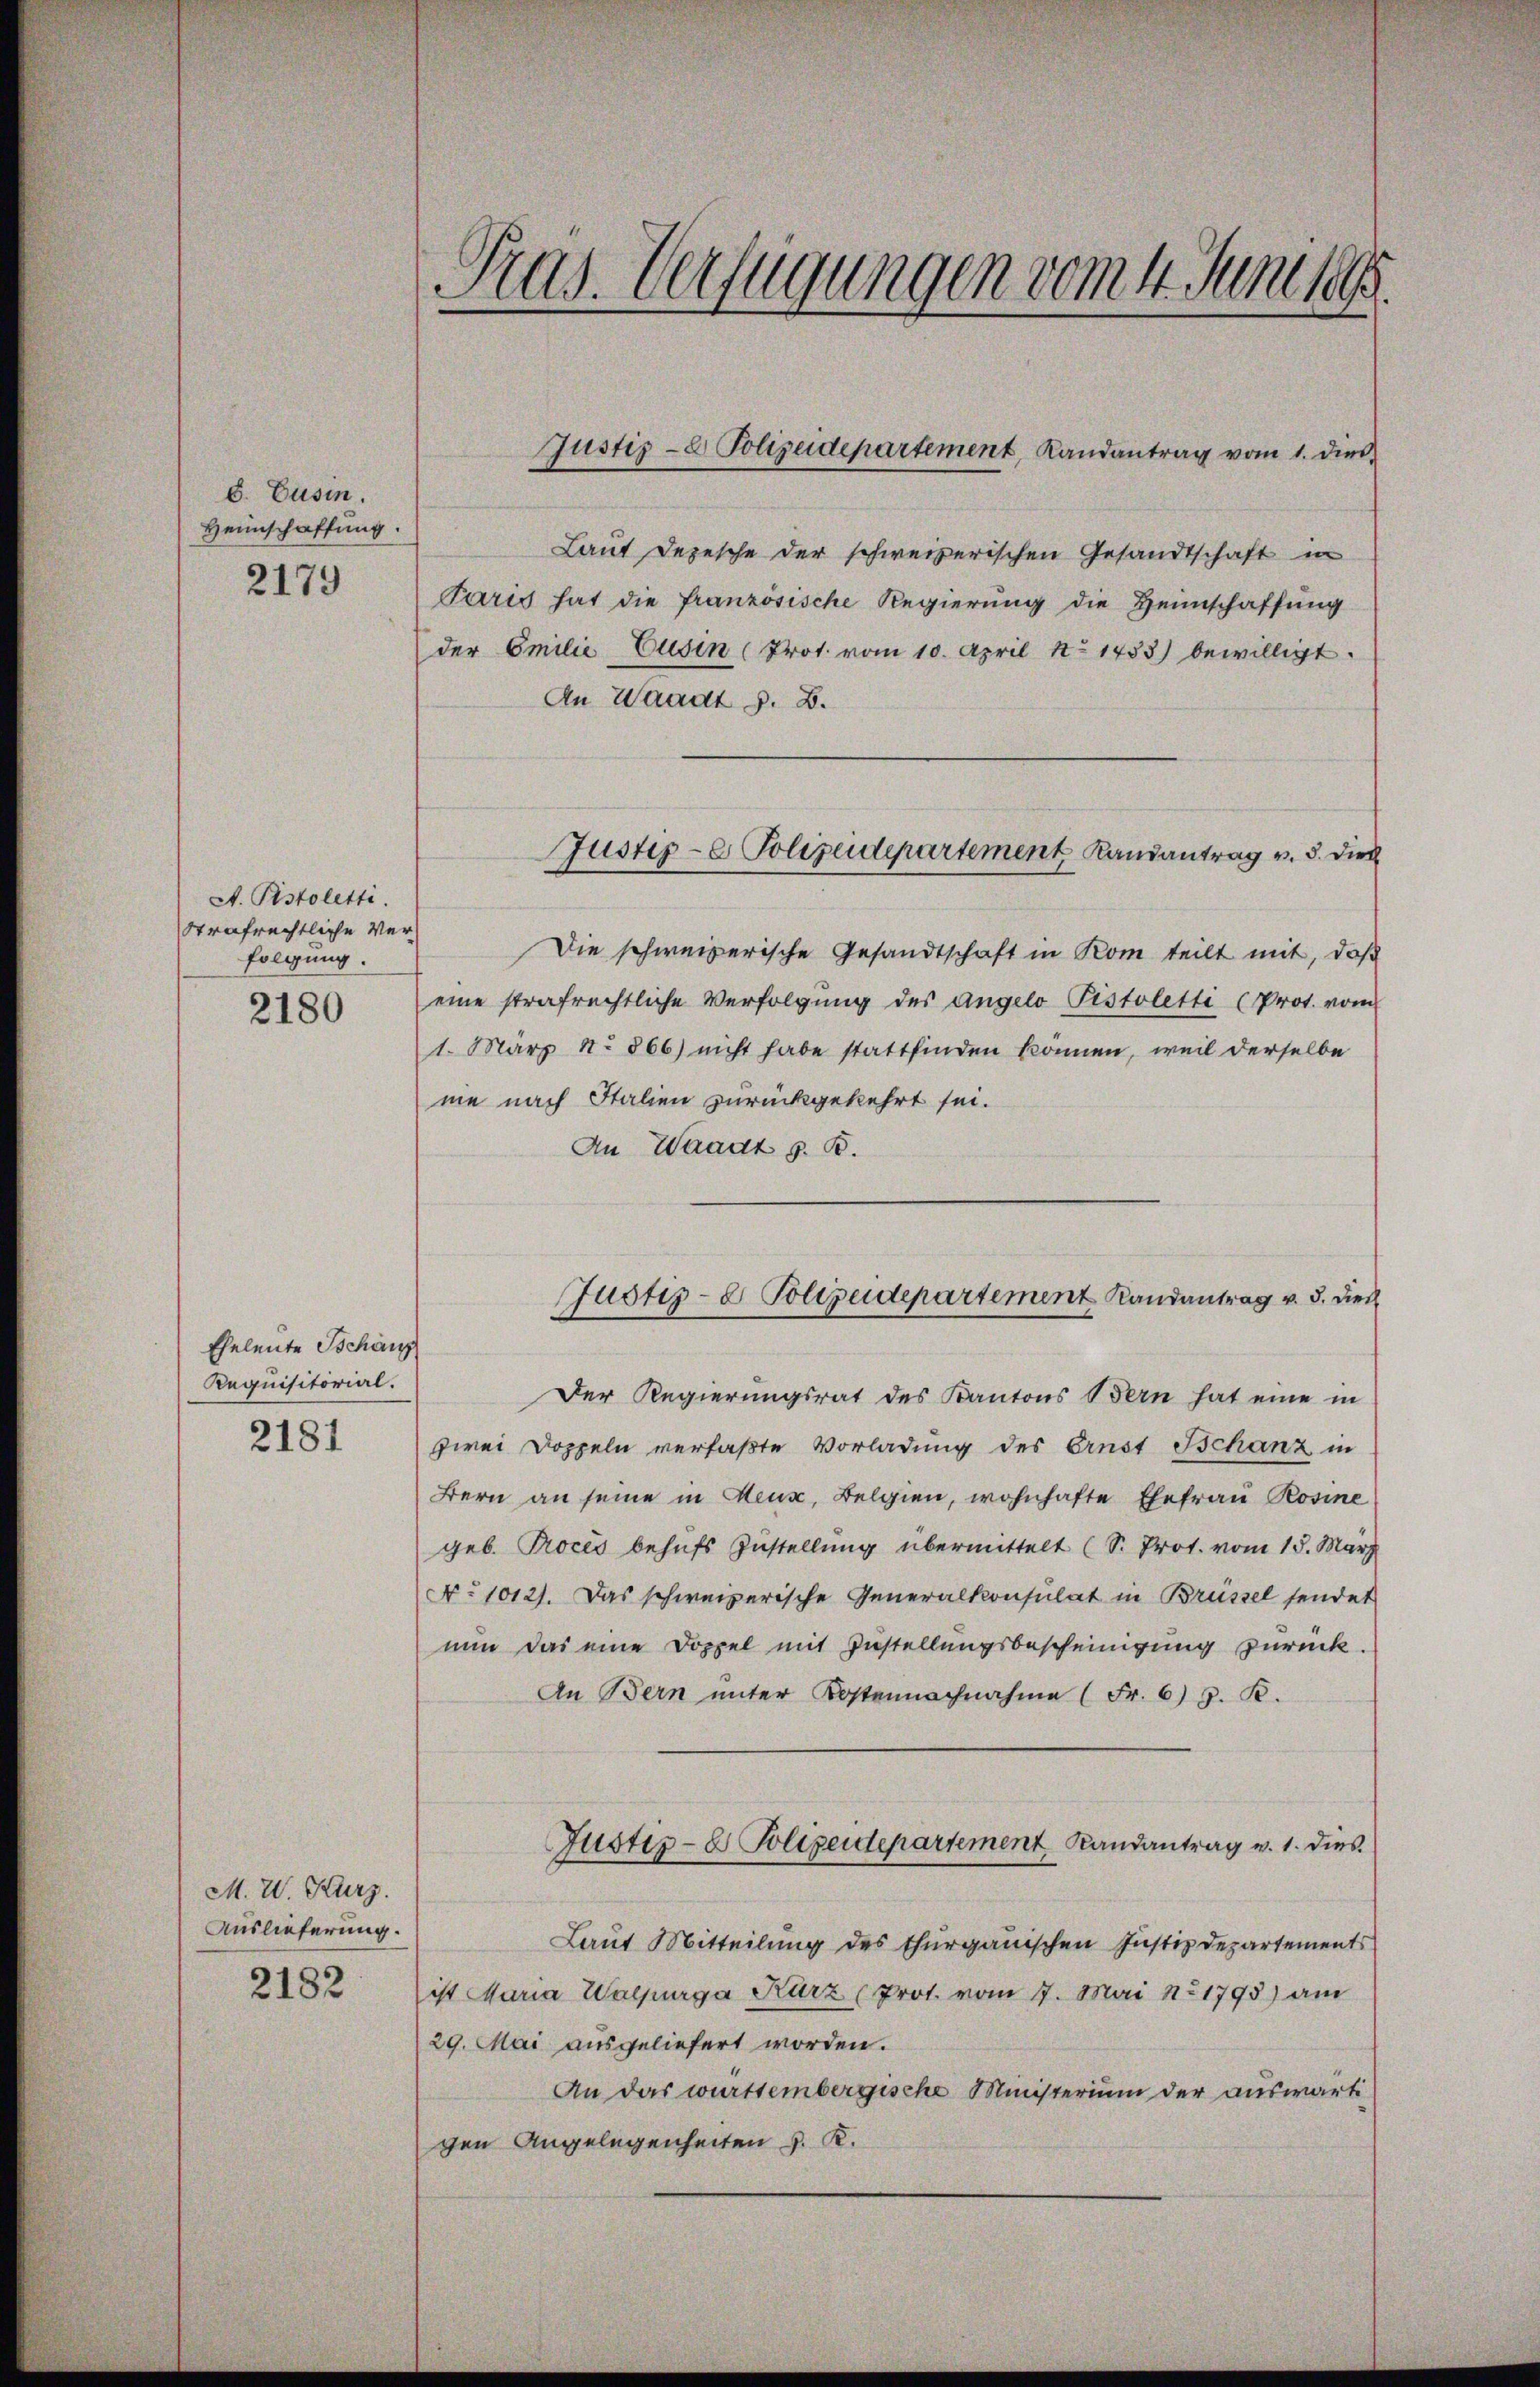
6. Cusin.
Heimschaffung.
2179

A. Pistoletti.
Strafrechtliche Verfolgung.

2180

Eheleute Schänz
Requisitorial.
2181

M. W. Kurz.
Auslieferung.

2182

Pras. Verfügungen vom 4. Juni 188

Laut Depesche der schweizerischen Gesandtschaft in
Paris hat die französische Regierung die Heimschaffung
der Emilie Cusin (Prot. vom 10. April No 1453) bewilligt.
An Waadt z. B.
Die schweizerische Gesandtschaft in Rom teilt mit, daß
eine strafrechtliche Verfolgung des Angelo Pistoletti (Prot. vom
1. März No 866) nicht habe stattfinden können, weil derselbe
me nach Italien zurückgekehrt sei.
An Waadt z. B.
Der Regierungsrat des Kantons Bern hat eine in
zwei Doppeln verfaßte Vorladung des Ernst Schanz in
Bern an seine in deux, Belgien, wohnhafte Ehefrau Rosine
geb. Proces behufs Zustellung übermittelt (S. Prot. vom 15. März
No 1012). Das schweizerische Generalkonsulat in Brüssel sendet
nun das eine Doppel mit Zustellungsbescheinigung zurück.
An Bern unter Kostennachnahme (Fr. 6) S. R.
Justiz- & Polizeidepartement Randantrag v. 1. dies
Laut Mitteilung des thurgauischen Justizdepartements
ist Maria Walpurga Kurz (Prot. vom 7. Mai no 1795) am
29. Mai ausgeliefert worden.
An das württembergische Ministerium der auswärti
gen Angelegenheiten v. K.

Justiz- & Polizeidepartement, Landantrag vom 1. dies

Justiz- & Polizeidepartement Randantrag v. 3. Dies

Justiz- & Polizeidepartement Randantrag v. 3. dies